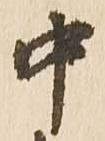
中